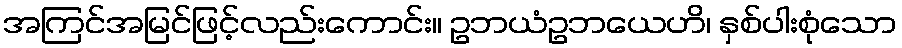
အကြင်အမြင်ဖြင့်လည်းကောင်း။ ဥဘယံဥဘယေဟိ၊ နှစ်ပါးစုံသော